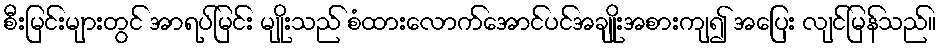
စီးမြင်းများတွင် အာရပ်မြင်း မျိုးသည် စံထားလောက်အောင်ပင်အချိုးအစားကျ၍ အပြေး လျင်မြန်သည်။